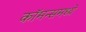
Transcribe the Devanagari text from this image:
कॉमन्समध्ये